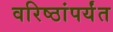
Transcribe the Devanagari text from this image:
वरिष्ठांपर्यंत